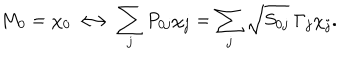
M _ { 0 } = \chi _ { 0 } \longleftrightarrow \sum _ { j } P _ { 0 j } \chi _ { j } = \sum _ { j } \sqrt { S _ { 0 j } } \ \Gamma _ { j } \chi _ { j } .